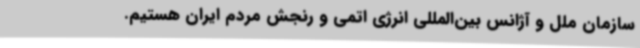
سازمان ملل و آژانس بین‌المللی انرژی اتمی و رنجش مردم ایران هستیم.